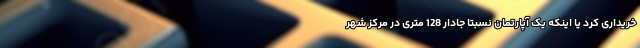
خریداری کرد یا اینکه یک آپارتمان نسبتا جادار 128 متری در مرکز شهر